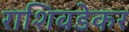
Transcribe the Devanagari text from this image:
राशिवडेकर